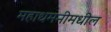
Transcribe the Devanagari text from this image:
महाधमनीमधील